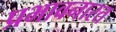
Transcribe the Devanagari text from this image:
प्रभावनारत